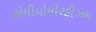
હોમીયોમૉરફીઝમ